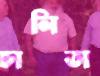
চালিতা